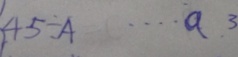
4 5 \div A \cdots a 3